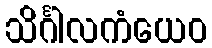
သိင်္ဂါလကံယေဝ